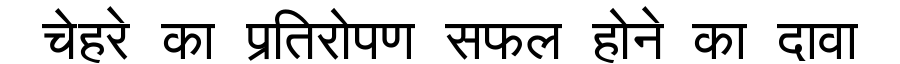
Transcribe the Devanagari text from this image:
चेहरे का प्रतिरोपण सफल होने का दावा